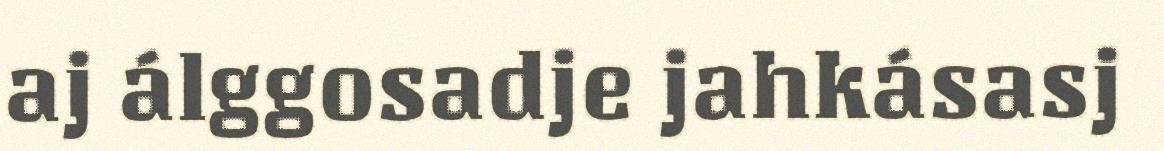
aj álggosadje jahkásasj